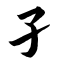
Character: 孑